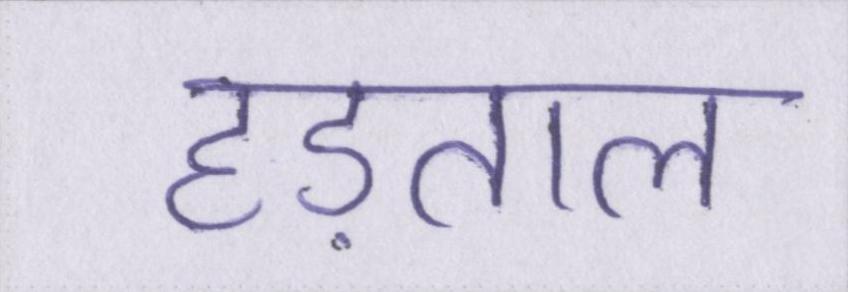
हड़ताल